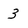
Character: 3